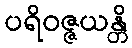
ပရိဝဇ္ဇယန္တိ